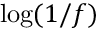
\log ( 1 / f )